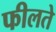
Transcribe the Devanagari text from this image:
फीलते